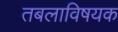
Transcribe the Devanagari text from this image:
तबलाविषयक